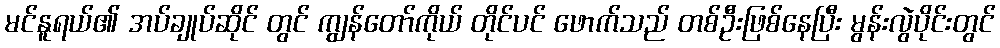
မင်နူရယ်၏ အပ်ချုပ်ဆိုင် တွင် ကျွန်တော်ကိုယ် တိုင်ပင် ဖောက်သည် တစ်ဦးဖြစ်နေပြီး မွန်းလွဲပိုင်းတွင်